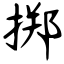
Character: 掷